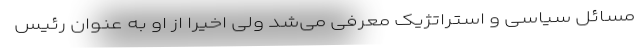
مسائل سیاسی و استراتژیک معرفی می‌شد ولی اخیرا از او به عنوان رئیس